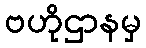
ဗဟိုဌာနမှ